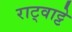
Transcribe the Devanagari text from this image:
राट्वाट्टे